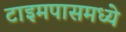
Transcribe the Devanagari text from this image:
टाइमपासमध्ये